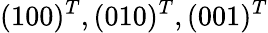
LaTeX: (100)^{T},(010)^{T},(001)^{T}